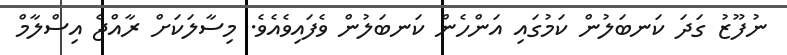
ނުފޫޒު ގަދަ ކަނބަލުން ކަމުގައި އަންހެން ކަނބަލުން ވެފައިވެއެވެ. މިސާލަކަށް ރާއްޖެ އިސްލާމް